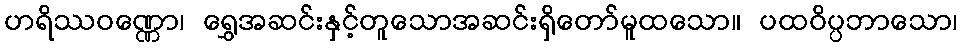
ဟရိဿဝဏ္ဏော၊ ရွှေအဆင်းနှင့်တူသောအဆင်းရှိတော်မူထသော။ ပထဝိပ္ပဘာသော၊